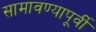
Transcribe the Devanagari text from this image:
सामावण्यापूर्वी